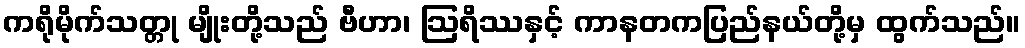
ကရိုမိုက်သတ္တု မျိုးတို့သည် ဗီဟာ၊ ဩရိဿနှင့် ကာနတကပြည်နယ်တို့မှ ထွက်သည်။